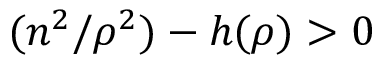
( n ^ { 2 } / \rho ^ { 2 } ) - h ( \rho ) > 0